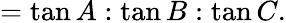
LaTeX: =\tan A:\tan B:\tan C.